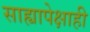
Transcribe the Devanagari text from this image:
साह्यापेक्षाही